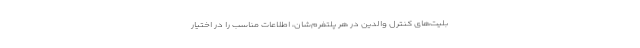
بلیت‌های کنترل والدین در هر پلتفرم‌شان، اطلاعات مناسب را در اختیار